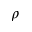
\rho